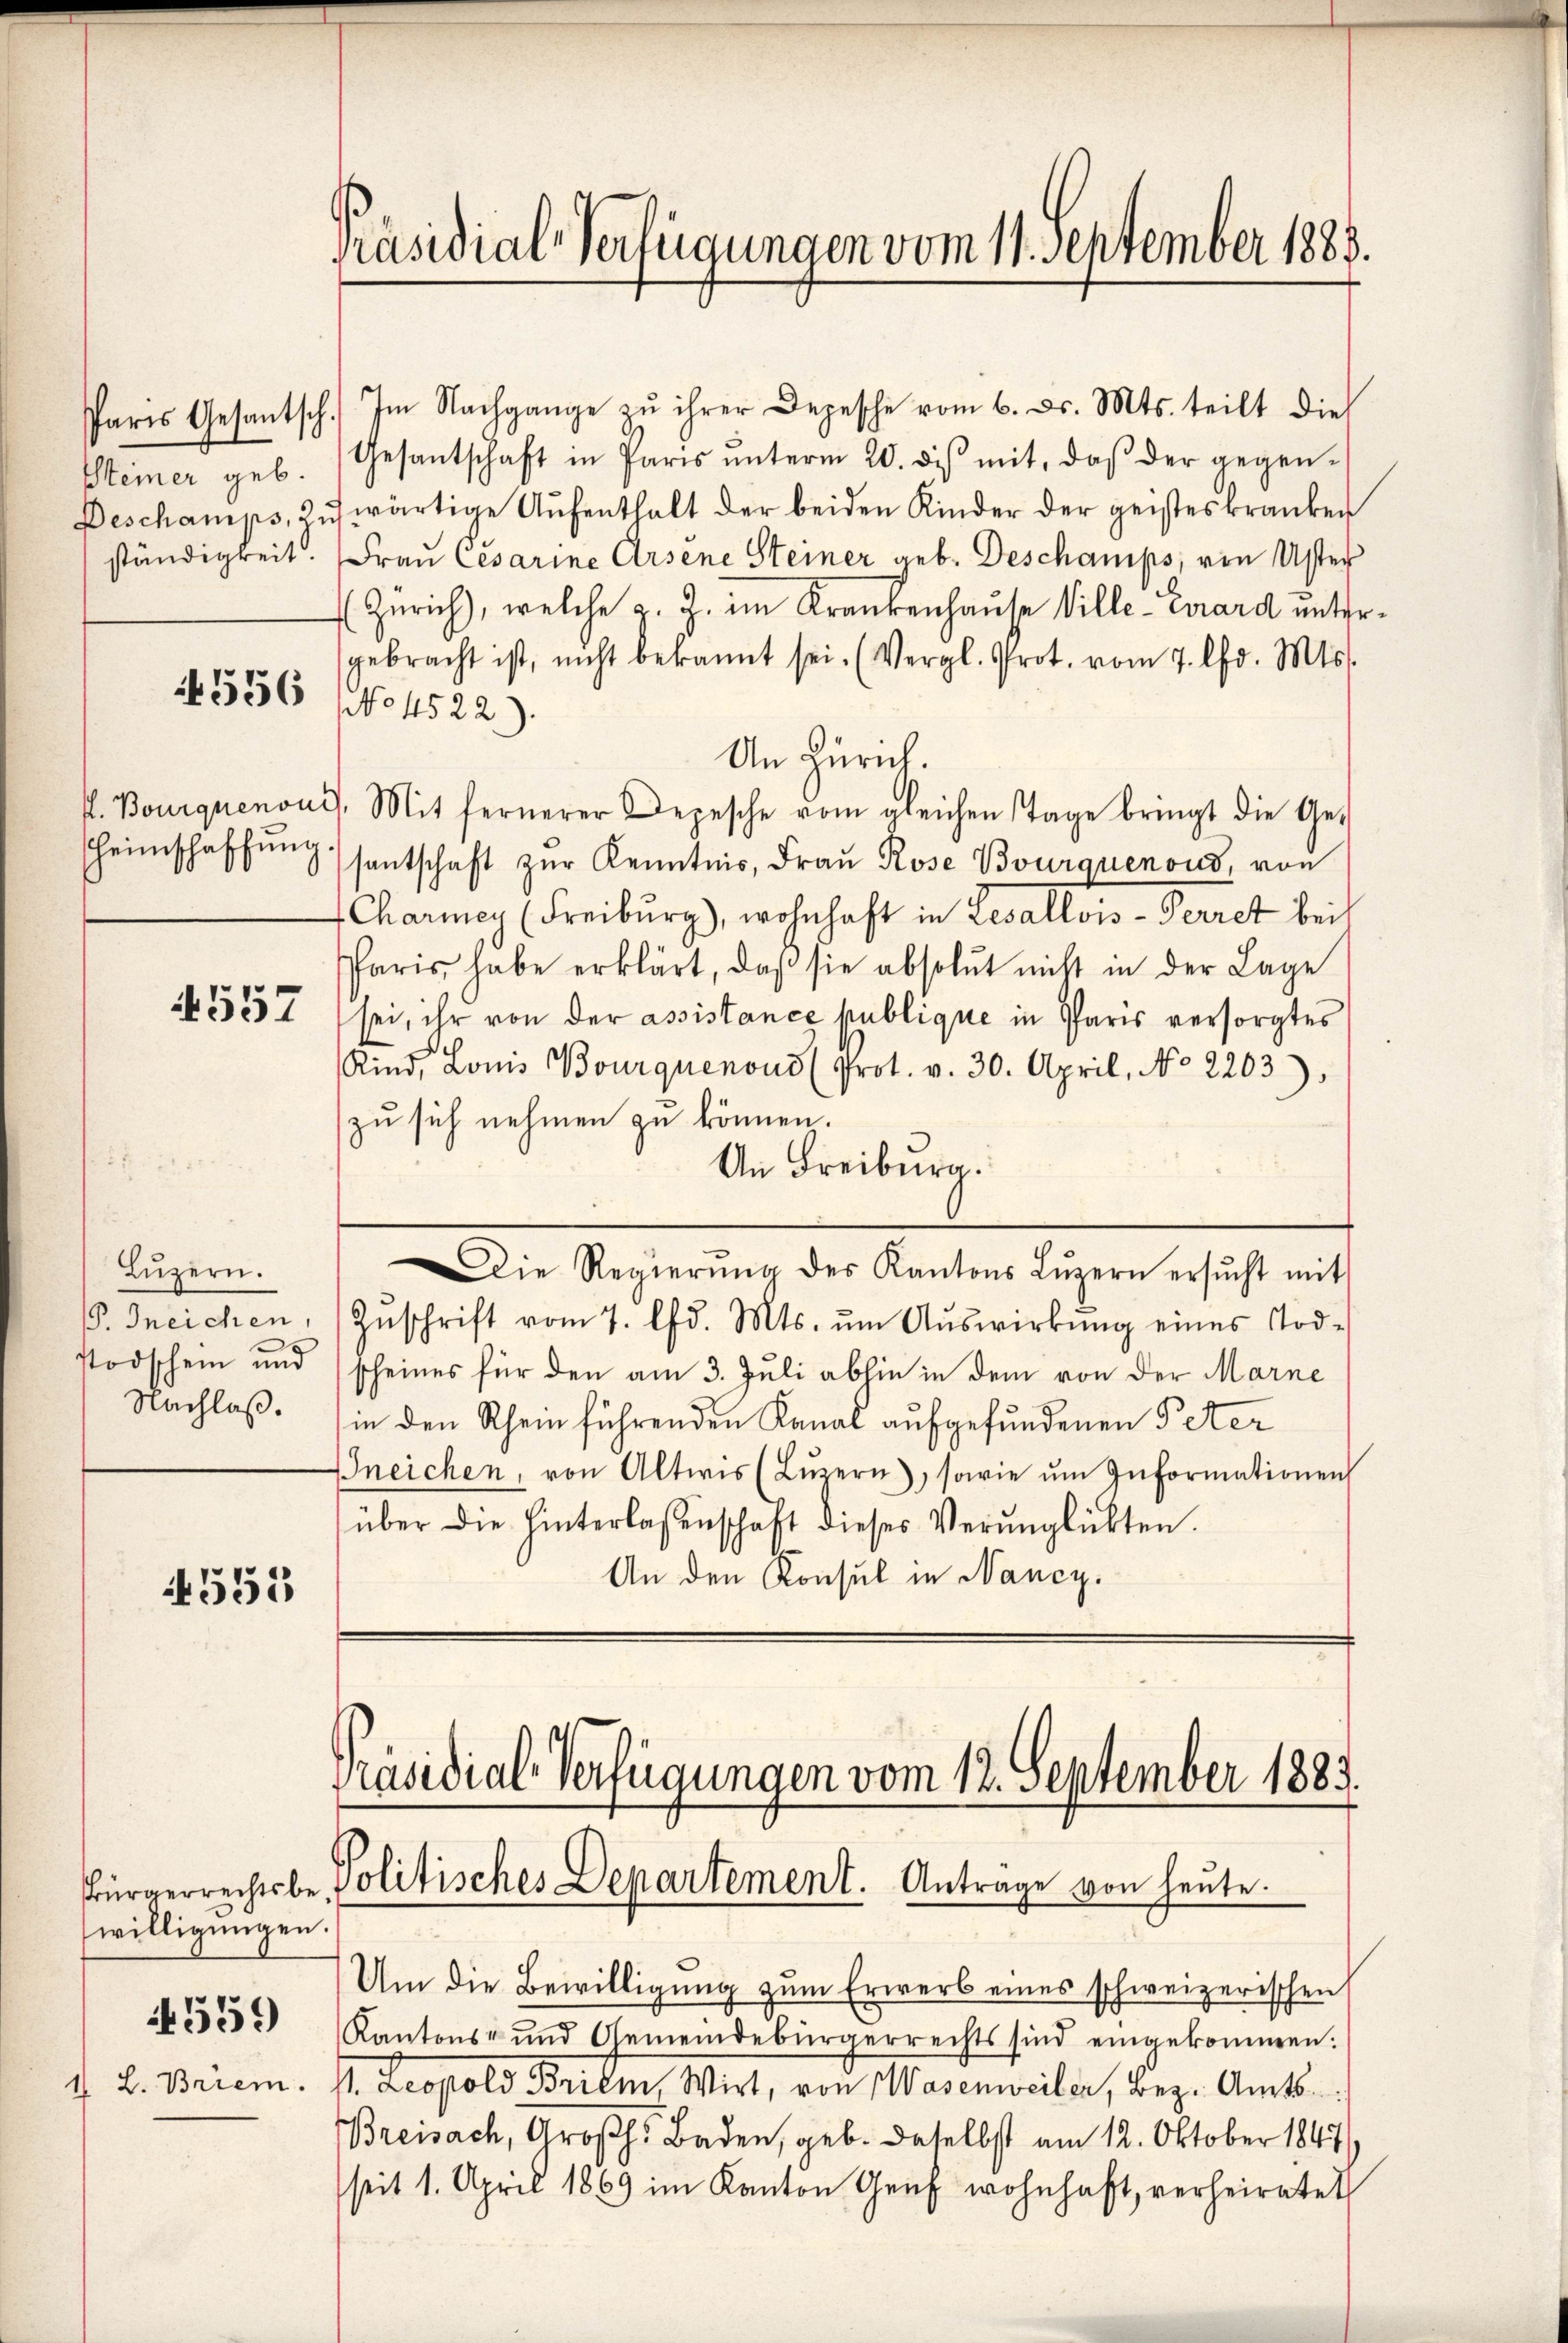
Steiner geb.

6556

4557

Lŭzern.
Nachlaß.

551

Bürgerrechtsbewilligungen.

559

1. L. Briem.

Präsidial-Verfügungen vom 11. September 1889.

Paris Gesantsch. Im Nachgange zu ihrer Depesche vom 6. ds. Mts. teilt die
Gesantschaft in Paris ŭnterm 20. des mit, daβ der gegen-
Deschamps, aŭswärtige Aŭfenthalt der beiden Kinder der geisteskranken
ständigkeit. Frau Cesarine Arsene Steiner geb. Deschamps, von Uster
Zürich, welche z. Z. im Krankenhause Ville-Eirard untergebracht ist, nicht bekannt sei. (Vergl. Prot. vom 7. Chr. Mts.
No 4522).
An Zürich.
fl. Bourquenoui). Mit fernerer Depesche vom gleichen Tage bringt die Ge-
sheimschaffungsantschaft zur Kenntnis, Frau Rose Bourquenoud, von
Charmey (Freiburg), wohnhaft in Lesallons-Perret bei
Paris, habe erklärt, daβ sie absolut nicht in der Lage
sei, ihr von der assistance publique in Paris versorgtes
Rind, Louis Bourquenous (Prot. v. 30. April, No 2203).
zu sich nehmen zu können.
An Freiburg.
Die Regierŭng des Kantons Lŭzern ersŭcht mit
P. Ineichen, Zŭschrift vom 7. lfd. Mts. ŭm Aŭswirkŭng eines Tod-
stodschein und scheines für den am 3. Juli abhin in dem von der Marne
in den Rhein führenden Kanal aufgefundenen Peter
Ineichen, von Altwis (Lŭzern, sowie ŭm Informationen
über die hinterlassenschaft dieses Verŭnglückten.
An den Konsul in Nancy,

Präsidial-Verfügungen vom 12. September 1883.
Politisches Departement. Antrage von heute.

Um die Bewilligung zum Erwerb eines schweizerischen
Kantons- und Gemeindebürgerrechts sind eingekommen.
V. Leopold Brilm, Wirt, von Wasenweilen, Bez. Amts
Breisach, Großh. Baden, geb. daselbst am 12. Oktober 1847
seit 1. April 1869 im Kanton Genf wohnhaft, verheiratet